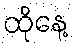
ထိုနေ့